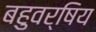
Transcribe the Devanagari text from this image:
बहुवर्षिय